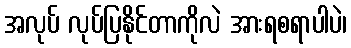
အလုပ် လုပ်ပြနိုင်တာကိုလဲ အားရစရာပါပဲ၊